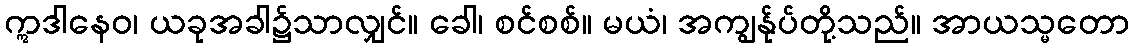
ဣဒါနေဝ၊ ယခုအခါ၌သာလျှင်။ ခေါ၊ စင်စစ်။ မယံ၊ အကျွန်ုပ်တို့သည်။ အာယသ္မတော